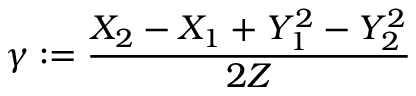
\gamma : = \frac { X _ { 2 } - X _ { 1 } + Y _ { 1 } ^ { 2 } - Y _ { 2 } ^ { 2 } } { 2 Z }